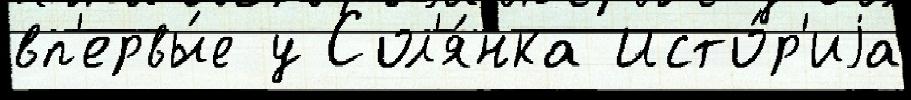
вп'ервы́е у Сол'я́нка Исто́р'иjа